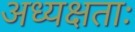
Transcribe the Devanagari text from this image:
अध्यक्षताः